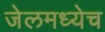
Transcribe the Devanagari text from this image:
जेलमध्येच